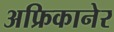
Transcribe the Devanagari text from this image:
अफ्रिकानेर